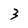
Character: 3